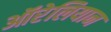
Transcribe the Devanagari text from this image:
ऑरेलियान